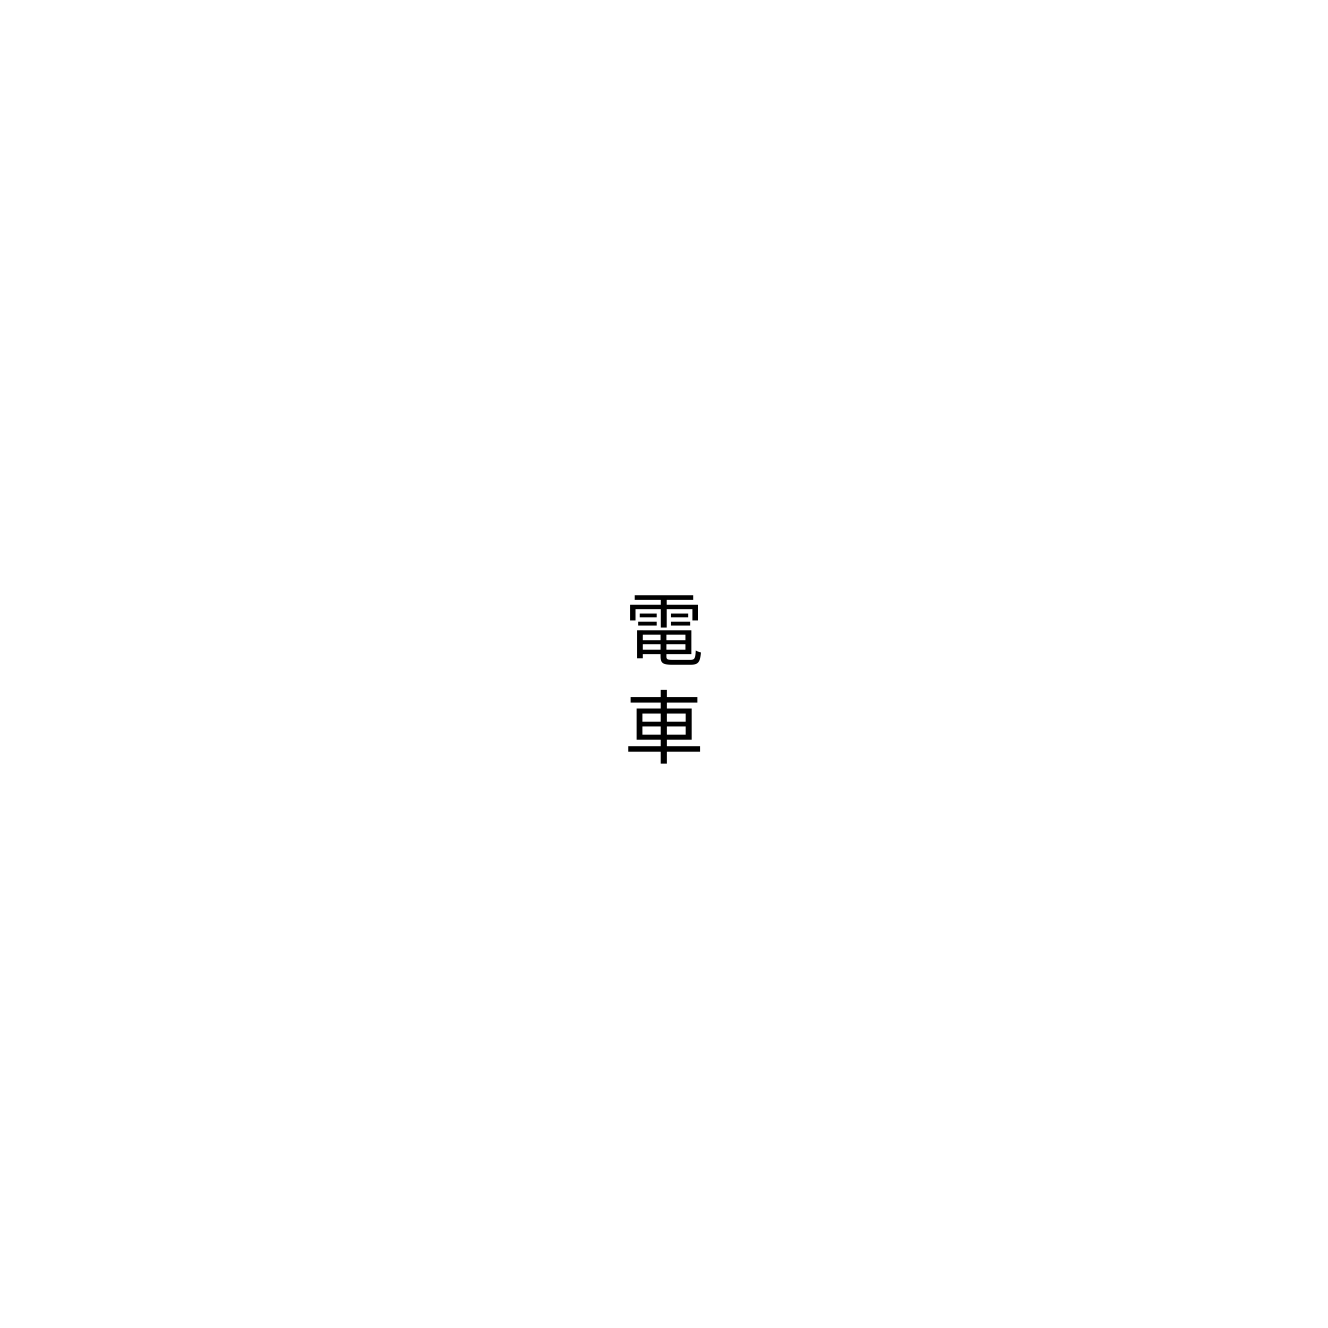
電車